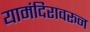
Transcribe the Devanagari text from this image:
यामंदिरावरून